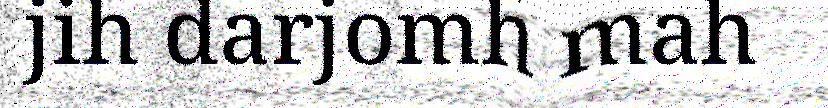
jih darjomh mah